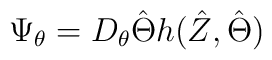
\Psi_{\theta}=D_{\theta}\hat{\Theta}h(\hat{Z},\hat\Theta)